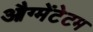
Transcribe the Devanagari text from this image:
औग्मेंटेटम